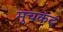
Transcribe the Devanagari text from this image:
मुचकंद